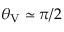
\theta _ { \mathrm { V } } \simeq \pi / 2